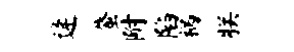
逄蜃附陷祸朕